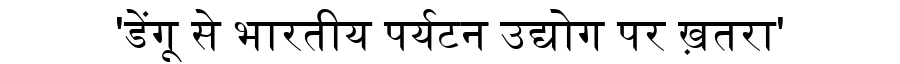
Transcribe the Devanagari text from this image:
'डेंगू से भारतीय पर्यटन उद्योग पर ख़तरा'